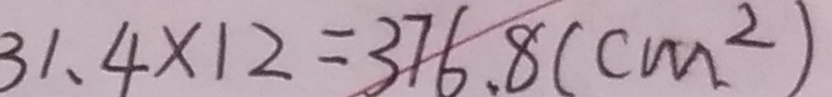
3 1 . 4 \times 1 2 = 3 7 6 . 8 ( c m ^ { 2 } )